Annual report on the working of the mental hospitals in the Madras Presidency - 1912-1932
Year: 1912
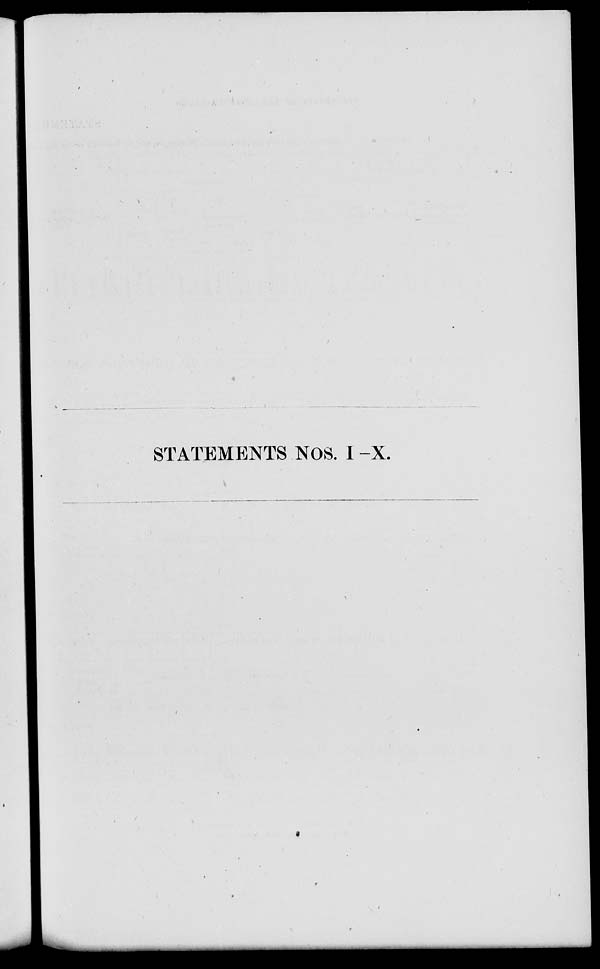
STATEMENTS NOS. I -X.